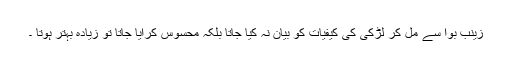
زینب بوا سے مل کر لڑکی کی کیفیات کو بیان نہ کیا جاتا بلکہ محسوس کرایا جاتا تو زیادہ بہتر ہوتا ۔